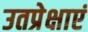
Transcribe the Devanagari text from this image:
उतप्रेक्षाएं